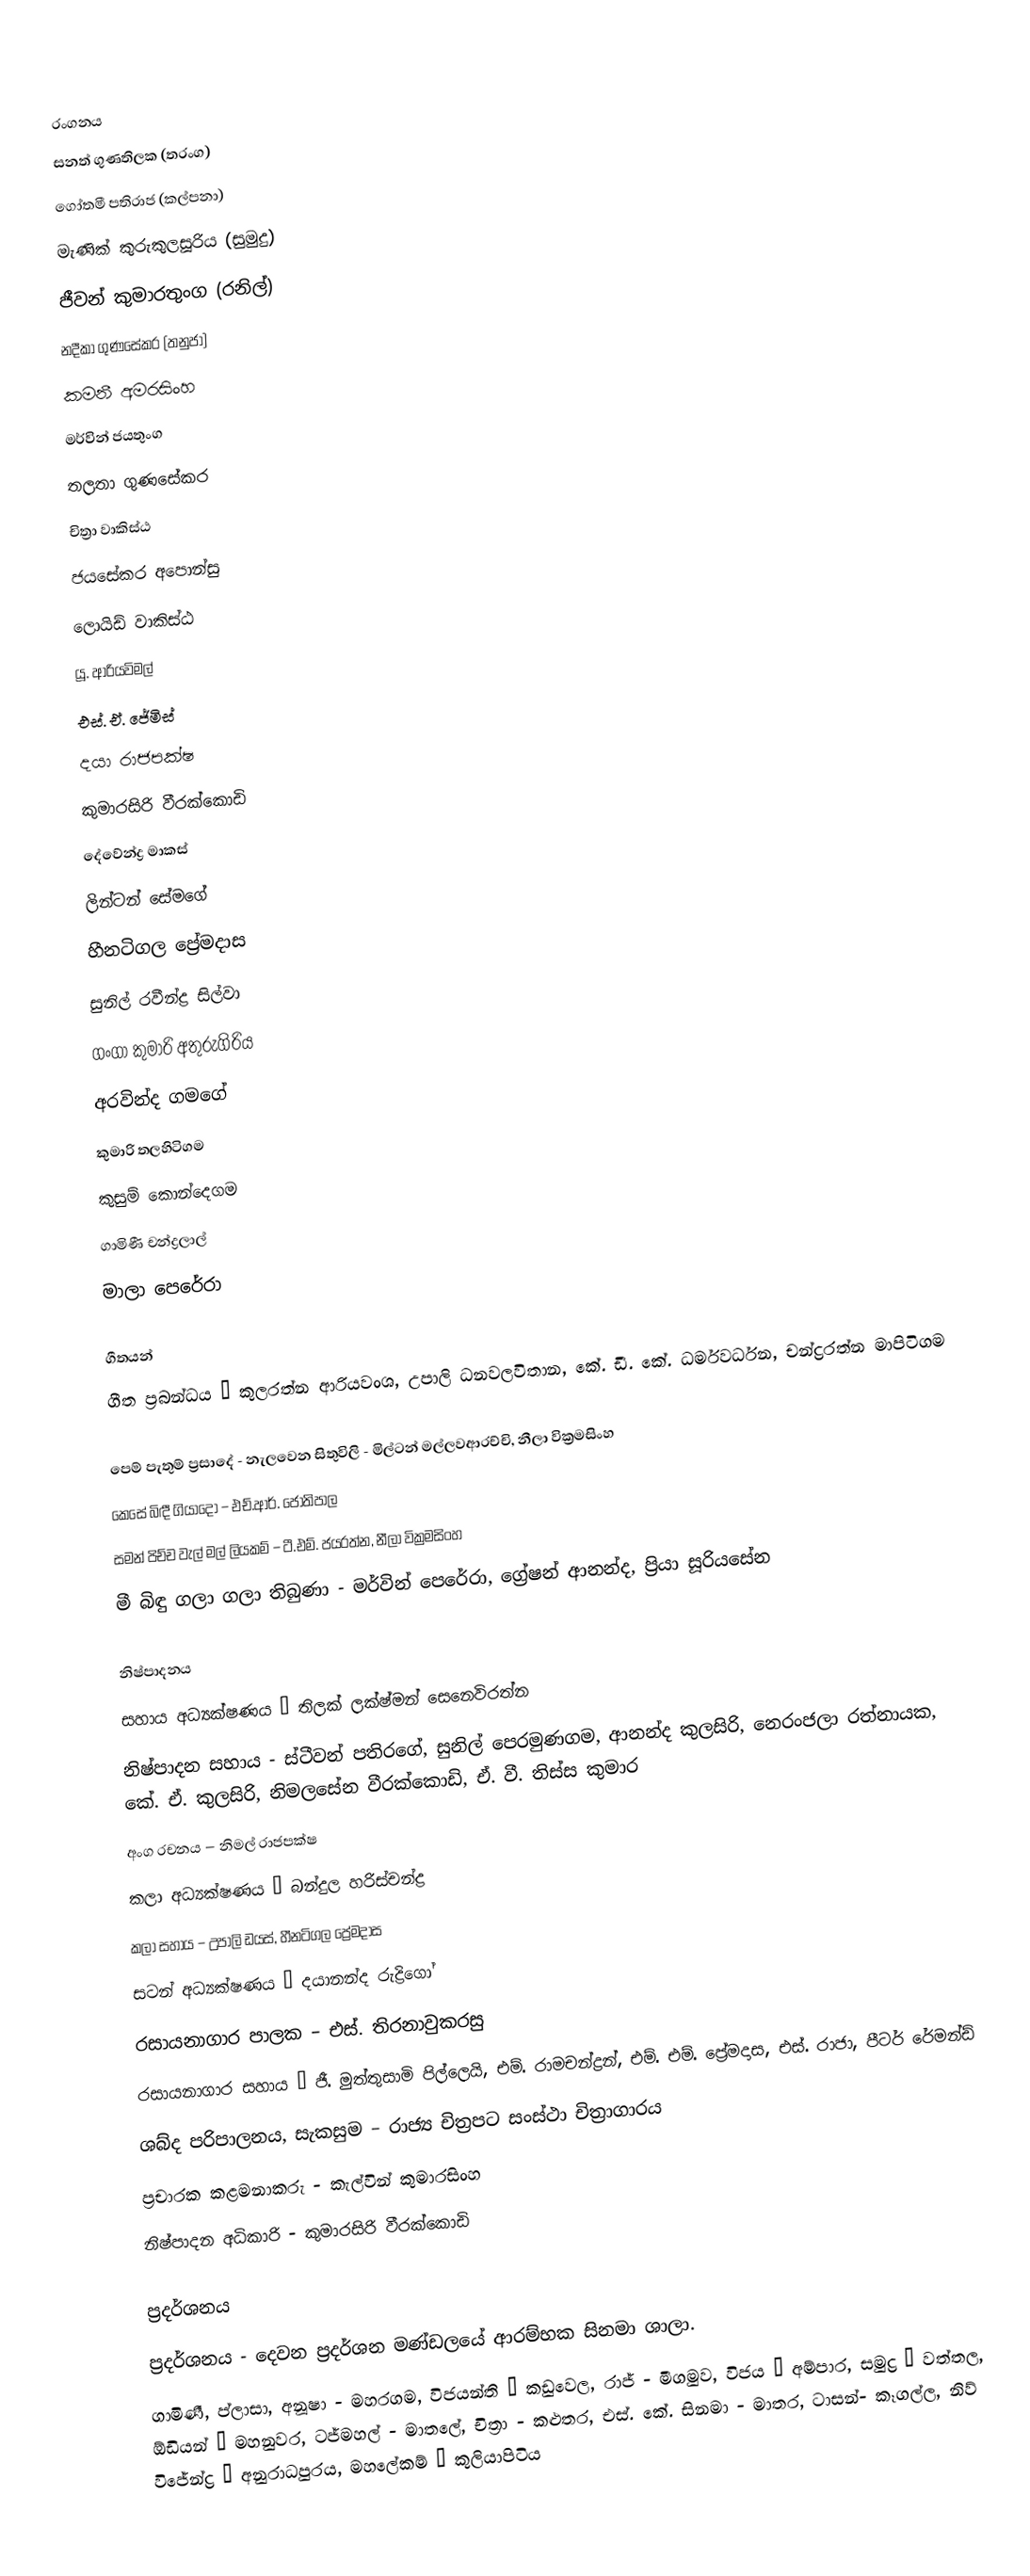

රංගනය
සනත් ගුණතිලක (තරංග)
ගෝතමී පතිරාජ (කල්පනා)
මැණික් කුරුකුලසූරිය (සුමුදු)
ජීවන් කුමාරතුංග (රනිල්)
නදීකා ගුණසේකර (තනුජා)
කමනී අමරසිංහ
මර්වින් ජයතුංග
තලතා ගුණසේකර
චිත්‍රා වාකිස්ඨ
ජයසේකර අපොන්සු
ලොයිඩ් වාකිස්ඨ
යූ. ආරියවිමල්
එස්. ඒ. ජේමිස්
දයා රාජපක්ෂ
කුමාරසිරි වීරක්කොඩි
දේවේන්ද්‍ර මාකස්
ලින්ටන් සේමගේ
හීනටිගල ප්‍රේමදාස
සුනිල් රවීන්ද්‍ර සිල්වා
ගංගා කුමාරි අතුරුගිරිය
අරවින්ද ගමගේ
කුමාරි තලහිටිගම
කුසුම් කොන්දෙගම
ගාමිණී චන්ද්‍රලාල්
මාලා පෙරේරා

ගීතයන්
ගීත ප්‍රබන්ධය – කුලරත්න ආරියවංශ, උපාලි ධනවලවිතාන, කේ. ඩී. කේ. ධර්මවර්ධන, චන්ද්‍රරත්න මාපිටිගම

පෙම් පැතුම් ප්‍රසාදේ - නැලවෙන සිතුවිලි - මිල්ටන් මල්ලවආරච්චි, නීලා වික්‍රමසිංහ
කෙසේ බිඳී ගියාදෝ – එච්.ආර්. ජෝතිපාල
සමන් පිච්ච වැල් මල් ලියකම් – ටී.එම්. ජයරත්න, නීලා වික්‍රමසිංහ
මී බිඳු ගලා ගලා තිබුණා - මර්වින් පෙරේරා, ග්‍රේෂන් ආනන්ද, ප්‍රියා සූරියසේන

නිෂ්පාදනය
සහාය අධ්‍යක්ෂණය – තිලක් ලක්ෂ්මන් සෙනෙවිරත්න
නිෂ්පාදන සහාය - ස්ටීවන් පතිරගේ, සුනිල් පෙරමුණගම, ආනන්ද කුලසිරි, නෙරංජලා රත්නායක, කේ. ඒ. කුලසිරි, නිමලසේන වීරක්කොඩි, ඒ. වී. තිස්ස කුමාර
අංග රචනය – නිමල් රාජපක්ෂ
කලා අධ්‍යක්ෂණය – බන්දුල හරිස්චන්ද්‍ර
කලා සහාය – උපාලි ඩයස්, හීනටිගල ප්‍රේමදාස
සටන් අධ්‍යක්ෂණය – දයානන්ද රුද්‍රිගෝ
රසායනාගාර පාලක – එස්. තිරනාවුකරසු
රසායනාගාර සහාය – ජී. මුත්තුසාමි පිල්ලෙයි, එම්. රාමචන්ද්‍රන්, එම්. එම්. ප්‍රේමදාස, එස්. රාජා, පීටර් රේමන්ඩ්
ශබ්ද පරිපාලනය, සැකසුම – රාජ්‍ය චිත්‍රපට සංස්ථා චිත්‍රාගාරය
ප්‍රචාරක කළමනාකරු - කැල්වින් කුමාරසිංහ
නිෂ්පාදන අධිකාරි - කුමාරසිරි වීරක්කොඩි

ප්‍රදර්ශනය
ප්‍රදර්ශනය - දෙවන ප්‍රදර්ශන මණ්ඩලයේ ආරම්භක සිනමා ශාලා.
ගාමිණී, ප්ලාසා, අනූෂා - මහරගම, විජයන්ති – කඩුවෙල, රාජ් - මීගමුව, විජය – අම්පාර, සමුද්‍ර – වත්තල, ඕඩියන් – මහනුවර, ටජ්මහල් - මාතලේ, චිත්‍රා - කළුතර, එස්. කේ. සිනමා - මාතර, ටාසන්- කෑගල්ල, නිව් විජේන්ද්‍ර – අනුරාධපුරය, මහලේකම් – කුලියාපිටිය